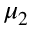
\mu _ { 2 }